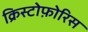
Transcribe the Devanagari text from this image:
क्रिस्टोफ़ोरिस